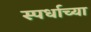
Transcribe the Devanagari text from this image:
स्पर्धाच्या